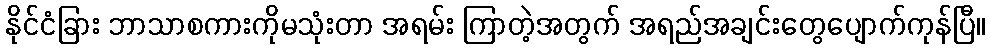
နိုင်ငံခြား ဘာသာစကားကိုမသုံးတာ အရမ်း ကြာတဲ့အတွက် အရည်အချင်းတွေပျောက်ကုန်ပြီ။